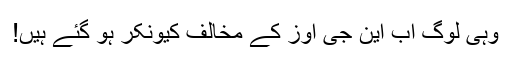
وہی لوگ اب این جی اوز کے مخالف کیونکر ہو گئے ہیں!